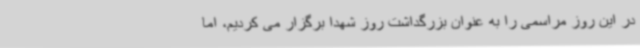
در این روز مراسمی را به عنوان بزرگداشت روز شهدا برگزار می کردیم، اما